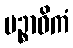
ပဉ္စာဓိကံ